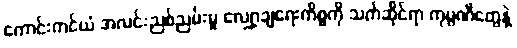
ကောင်းကင်ယံ အလင်းညစ်ညမ်းမှု လျှော့ချရေးကိစ္စကို သက်ဆိုင်ရာ ကုမ္ပဏီတွေနဲ့